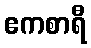
ဧကစာရီ